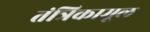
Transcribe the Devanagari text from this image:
तंत्रिकामूल